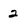
Character: 2